画像に写った文字を読んでください
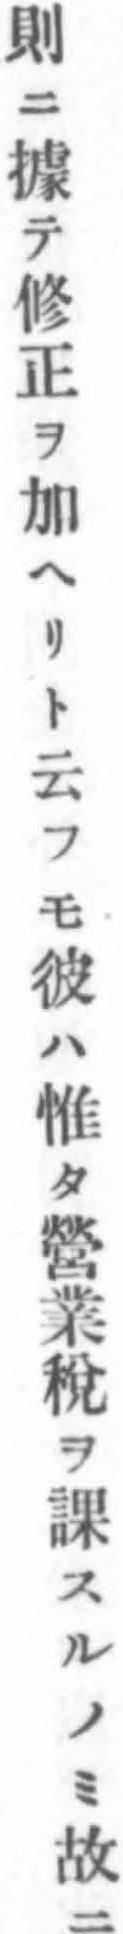
「則ニ據テ修正ヲ加へリト云フモ彼ハ惟タ營業稅ヲ課スルノミ故ニ」と書いてあります